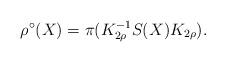
LaTeX: \begin{align*}\rho^{\circ}(X)=\pi(K_{2\rho}^{-1}S(X)K_{2\rho}).\end{align*}